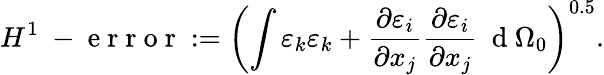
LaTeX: H^{1}\mathrm{~-~e~r~r~o~r~}:=\left(\int\varepsilon_{k}\varepsilon_{k}+\frac{\partial\varepsilon_{i}}{\partial x_{j}}\frac{\partial\varepsilon_{i}}{\partial x_{j}}\ \mathrm{~d~}\Omega_{0}\right)^{0.5}.